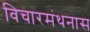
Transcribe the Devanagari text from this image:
विचारमंथनास